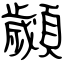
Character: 顪